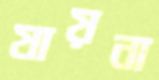
যায়না